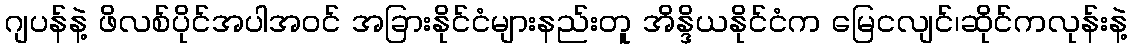
ဂျပန်နဲ့ ဖိလစ်ပိုင်အပါအဝင် အခြားနိုင်ငံများနည်းတူ အိန္ဒိယနိုင်ငံက မြေငလျင်၊ဆိုင်ကလုန်းနဲ့